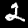
Label: 2